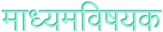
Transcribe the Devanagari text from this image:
माध्यमविषयक